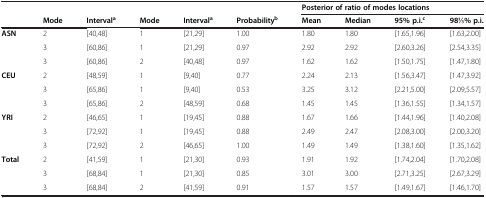
<table><thead><tr><td><b> </b></td><td><b> </b></td><td><b> </b></td><td><b> </b></td><td><b> </b></td><td><b> </b></td><td colspan="4"><b>Posterior of ratio of modes locations</b></td></tr><tr><td><b> </b></td><td><b>Mode</b></td><td><b>Interval<sup>a</sup></b></td><td><b>Mode</b></td><td><b>Interval<sup>a</sup></b></td><td><b>Probability<sup>b</sup></b></td><td><b>Mean</b></td><td><b>Median</b></td><td><b>95% p.i.<sup>c</sup></b></td><td><b>981⁄3% p.i.</b></td></tr></thead><tbody><tr><td><b>ASN</b></td><td>2</td><td>[40,48]</td><td>1</td><td>[21,29]</td><td>1.00</td><td>1.80</td><td>1.80</td><td>[1.65,1.96]</td><td>[1.63,2.00]</td></tr><tr><td> </td><td>3</td><td>[60,86]</td><td>1</td><td>[21,29]</td><td>0.97</td><td>2.92</td><td>2.92</td><td>[2.60,3.26]</td><td>[2.54,3.35]</td></tr><tr><td> </td><td>3</td><td>[60,86]</td><td>2</td><td>[40,48]</td><td>0.97</td><td>1.62</td><td>1.62</td><td>[1.50,1.75]</td><td>[1.47,1.80]</td></tr><tr><td><b>CEU</b></td><td>2</td><td>[48,59]</td><td>1</td><td>[9,40]</td><td>0.77</td><td>2.24</td><td>2.13</td><td>[1.56,3.47]</td><td>[1.47,3.92]</td></tr><tr><td> </td><td>3</td><td>[65,86]</td><td>1</td><td>[9,40]</td><td>0.53</td><td>3.25</td><td>3.12</td><td>[2.21,5.00]</td><td>[2.09,5.57]</td></tr><tr><td> </td><td>3</td><td>[65,86]</td><td>2</td><td>[48,59]</td><td>0.68</td><td>1.45</td><td>1.45</td><td>[1.36,1.55]</td><td>[1.34,1.57]</td></tr><tr><td><b>YRI</b></td><td>2</td><td>[46,65]</td><td>1</td><td>[19,45]</td><td>0.88</td><td>1.67</td><td>1.66</td><td>[1.44,1.96]</td><td>[1.40,2.08]</td></tr><tr><td> </td><td>3</td><td>[72,92]</td><td>1</td><td>[19,45]</td><td>0.88</td><td>2.49</td><td>2.47</td><td>[2.08,3.00]</td><td>[2.00,3.20]</td></tr><tr><td> </td><td>3</td><td>[72,92]</td><td>2</td><td>[46,65]</td><td>1.00</td><td>1.49</td><td>1.49</td><td>[1.38,1.60]</td><td>[1.35,1.62]</td></tr><tr><td><b>Total</b></td><td>2</td><td>[41,59]</td><td>1</td><td>[21,30]</td><td>0.93</td><td>1.91</td><td>1.92</td><td>[1.74,2.04]</td><td>[1.70,2.08]</td></tr><tr><td> </td><td>3</td><td>[68,84]</td><td>1</td><td>[21,30]</td><td>0.85</td><td>3.01</td><td>3.00</td><td>[2.71,3.25]</td><td>[2.67,3.29]</td></tr><tr><td> </td><td>3</td><td>[68,84]</td><td>2</td><td>[41,59]</td><td>0.91</td><td>1.57</td><td>1.57</td><td>[1.49,1.67]</td><td>[1.46,1.70]</td></tr></tbody></table>